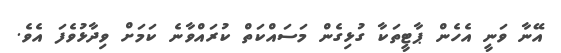
އޭނާ ވަނީ އެހެން ޕާޓީތަކާ ގުޅިގެން މަސައްކަތް ކުރައްވާނެ ކަމަށް ވިދާޅުވެފަ އެވެ.